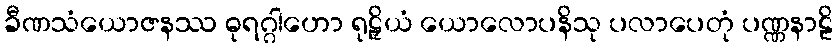
ခီဏသံယောဇနဿ ဓုရဂ္ဂါဟော ရုဠှိယံ ယောလောပနိသု ပလာပေတုံ ပဏ္ဏနာဠိ